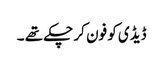
ڈیڈی کو فون کر چکے تھے ۔